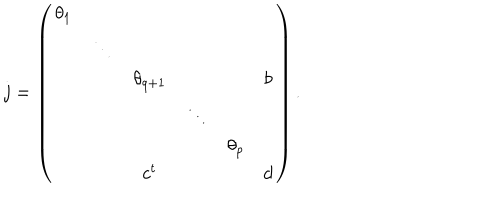
j = \left( \begin{array} { c c c c c c } { { \theta _ { 1 } } } & { { } } & { { } } & { { } } & { { } } & { { } } \\ { { } } & { { \ddots } } & { { } } & { { } } & { { } } & { { } } \\ { { } } & { { } } & { { \theta _ { q + 1 } } } & { { } } & { { } } & { { b } } \\ { { } } & { { } } & { { } } & { { \ddots } } & { { } } & { { } } \\ { { } } & { { } } & { { } } & { { } } & { { \theta _ { p } } } & { { } } \\ { { } } & { { } } & { { c ^ { t } } } & { { } } & { { } } & { { d } } \\ \end{array} \right) .